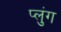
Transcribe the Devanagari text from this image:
प्लुंग